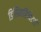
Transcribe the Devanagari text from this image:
डिसिनहिबिटरी